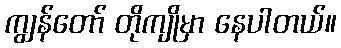
ကျွန်တော် တိုကျိုမှာ နေပါတယ်။